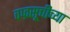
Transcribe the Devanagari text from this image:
वज्रसूचीच्या